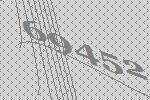
69452